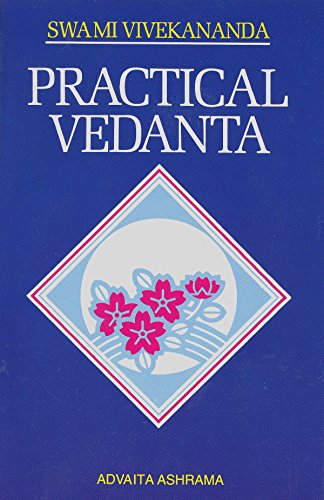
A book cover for Practical Vedanta; Swami Vivekananda; Religion & Spirituality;